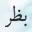
بظر